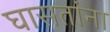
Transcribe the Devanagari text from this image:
घासतांना